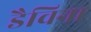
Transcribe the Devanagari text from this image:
डैविना